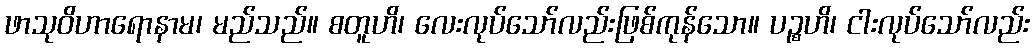
ဖာသုဝိဟာရောနာမ၊ မည်သည်။ စတူဟိ၊ လေးလုပ်သော်လည်းဖြစ်ကုန်သော။ ပဉ္စဟိ၊ ငါးလုပ်သော်လည်း